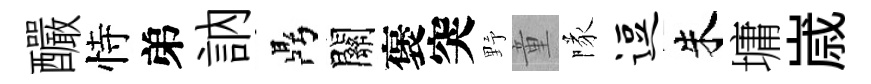
釅恃弟訥鼎關褒突野童隊逗朱墉𡻕